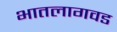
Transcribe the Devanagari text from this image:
भातलागवड